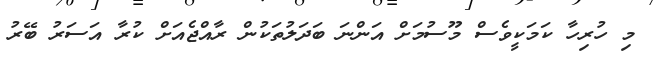
މި ހުރިހާ ކަމަކީވެސް މޫސުމަށް އަންނަ ބަދަލުތަކުން ރާއްޖެއަށް ކުރާ އަސަރު ބޭރު